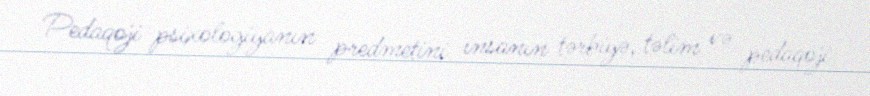
Pedaqoji psixologiyanın predmetini insanın tərbiyə, təlim və pedaqoji